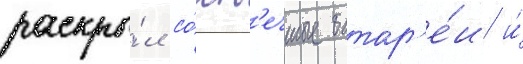
раскры́л со́лн'ечные батар'е́и и́